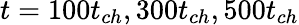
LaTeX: t=100t_{ch},300t_{ch},500t_{ch}